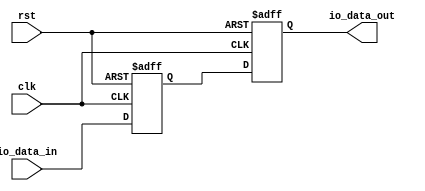
module io_block_buffer (
    input wire clk,
    input wire rst,
    input wire io_data_in,
    output reg io_data_out
);

// Input buffer stage
reg io_data_reg;
always @(posedge clk or posedge rst) begin
    if (rst)
        io_data_reg <= 1'b0;
    else
        io_data_reg <= io_data_in;
end

// Output buffer stage
always @(posedge clk or posedge rst) begin
    if (rst)
        io_data_out <= 1'b0;
    else
        io_data_out <= io_data_reg;
end

endmodule